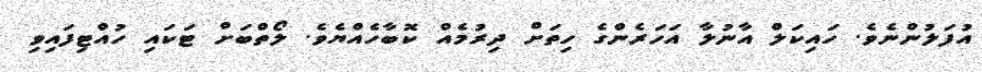
އުފަލުންނެވެ. ހައިކަލް އާނުލާ އަހަރެންގެ ހިތަށް ދިރުމެއް ކޮބާހެއްޔެވެ. ލޯތްބަށް ޓަކައި ހުއްޓިފައިވި